Indian journal of veterinary science and animal husbandry - Volume 6,
Year: 1936
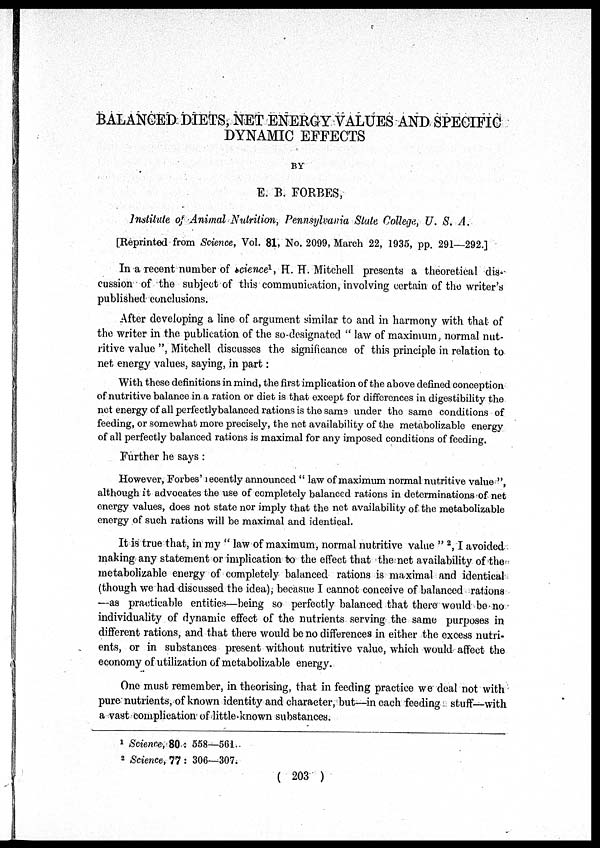
BALANCED DIETS, NET ENERGY VALUES AND SPECIFIC
DYNAMIC EFFECTS
BY
E. B. FORBES,
Institute of Animal Nutrition, Pennsylvania State College, U. S. A.
[Reprinted from Science, Vol. 81, No. 2099, March 22, 1935, pp. 291—292.]
In a recent number of science 1 , H. H. Mitchell presents a theoretical dis-
cussion of the subject of this communication, involving certain of the writer's
published conclusions.
After developing a line of argument similar to and in harmony with that of
the writer in the publication of the so-designated " law of maximum, normal nut-
ritive value ", Mitchell discusses the significance of this principle in relation to
net energy values, saying, in part:
With these definitions in mind, the first implication of the above defined conception
of nutritive balance in a ration or diet is that except for differences in digestibility the
net energy of all perfectly balanced rations is the same under the same conditions of
feeding, or somewhat more precisely, the net availability of the metabolizable energy
of all perfectly balanced rations is maximal for any imposed conditions of feeding.
Further he says :
However, Forbes' recently announced " law of maximum normal nutritive value ",
although it advocates the use of completely balanced rations in determinations of net
energy values, does not state nor imply that the net availability of the metabolizable
energy of such rations will be maximal and identical.
It is true that, in my " law of maximum, normal nutritive value " 2 , I avoided
making any statement or implication to the effect that the net availability of the
metabolizable energy of completely balanced rations is maximal and identical
(though we had discussed the idea), becasue I cannot conceive of balanced rations
—as practicable entities—being so perfectly balanced that there would be no
individuality of dynamic effect of the nutrients serving the same purposes in
different rations, and that there would be no differences in either the excess nutri-
ents, or in substances present without nutritive value, which would affect the
economy of utilization of metabolizable energy.
One must remember, in theorising, that in feeding practice we deal not with
pure nutrients, of known identity and character, but—in each feeding stuff—with
a vast complication of little-known substances.
1 Science, 80 : 558—561.
2 Science, 77 : 306—307.
( 203 )